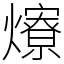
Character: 爎